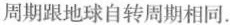
周期跟地球自转周期相同.